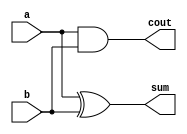
/////////////////////////////////////////////////////////////////////////////////
//                                                                             //
// Module Name:    HA_Dataflow                                                 //
// Description:    Behavioural Model of Half Adder                             //
//                                                                             //
/////////////////////////////////////////////////////////////////////////////////
`timescale 1ns / 10ps
module HA_Dataflow(a,b,sum,cout);
  input a,b;
  output sum,cout;
  
  assign #5 sum = a^b;
  assign #5 cout = a & b;
endmodule